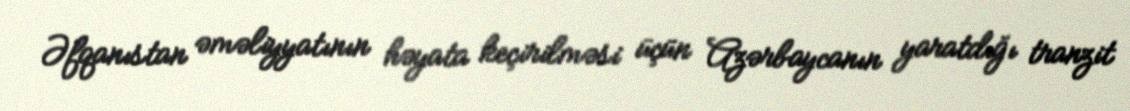
Əfqanıstan əməliyyatının həyata keçirilməsi üçün Azərbaycanın yaratdığı tranzit